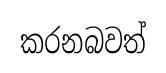
කරනබවත්